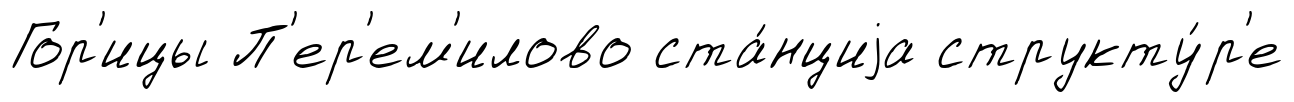
Гор'ицы П'ер'ем'илово ста́нциjа структу́р'е